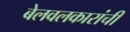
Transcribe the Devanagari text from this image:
बेलवलकारांची